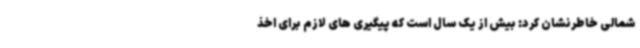
شمالی خاطرنشان کرد: بیش از یک سال است که پیگیری های لازم برای اخذ